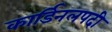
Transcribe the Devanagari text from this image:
कार्डिनलपदी